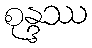
စုန္ဒဿ